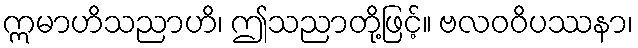
ဣမာဟိသညာဟိ၊ ဤသညာတို့ဖြင့်။ ဗလဝဝိပဿနာ၊